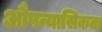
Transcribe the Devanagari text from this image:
औपन्यासिकता